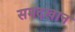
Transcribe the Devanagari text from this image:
समदखान